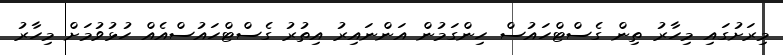
މިރަށުގައި މިހާރު ތިން ގެސްޓްހައުސް ހިންގަމުން އަންނައިރު އިތުރު ގެސްޓްހައުސްއެއް ހުޅުވުމަށް މިހާރު